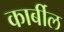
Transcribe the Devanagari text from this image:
कार्बील